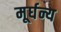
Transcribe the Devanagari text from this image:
मूर्घन्य